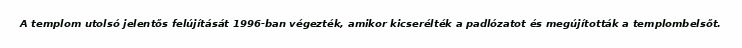
A templom utolsó jelentős felújítását 1996-ban végezték, amikor kicserélték a padlózatot és megújították a templombelsőt.